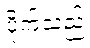
ပိုက်သည်